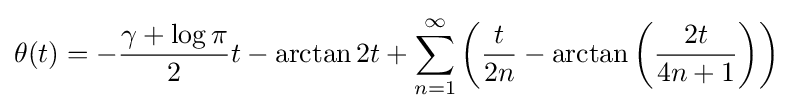
\theta (t)=-{\frac {\gamma +\log \pi }{2}}t-\arctan 2t+\sum _{n=1}^{\infty }\left({\frac {t}{2n}}-\arctan \left({\frac {2t}{4n+1}}\right)\right)